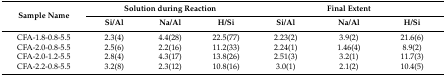
| <ROWSPAN=2> Sample Name | <COLSPAN=3> Solution during Reaction | <COLSPAN=3> Final Extent |
 | Si/Al | Na/Al | H/Si | Si/Al | Na/Al | H/Si |
 | --- | --- | --- | --- | --- | --- | --- |
 | CFA-1.8-0.8-5.5 | 2.3(4) | 4.4(28) | 22.5(77) | 2.23(2) | 3.9(2) | 21.6(6) |
 | CFA-2.0-0.8-5.5 | 2.5(6) | 2.2(16) | 11.2(33) | 2.24(1) | 1.46(4) | 8.9(2) |
 | CFA-2.0-1.2-5.5 | 2.8(4) | 4.3(17) | 13.8(26) | 2.51(3) | 3.2(1) | 11.7(3) |
 | CFA-2.2-0.8-5.5 | 3.2(8) | 2.3(12) | 10.8(16) | 3.0(1) | 2.1(2) | 10.4(5) |